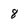
Character: 8